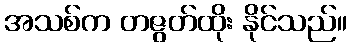
အသစ်က တဇွတ်ထိုး နိုင်သည်။